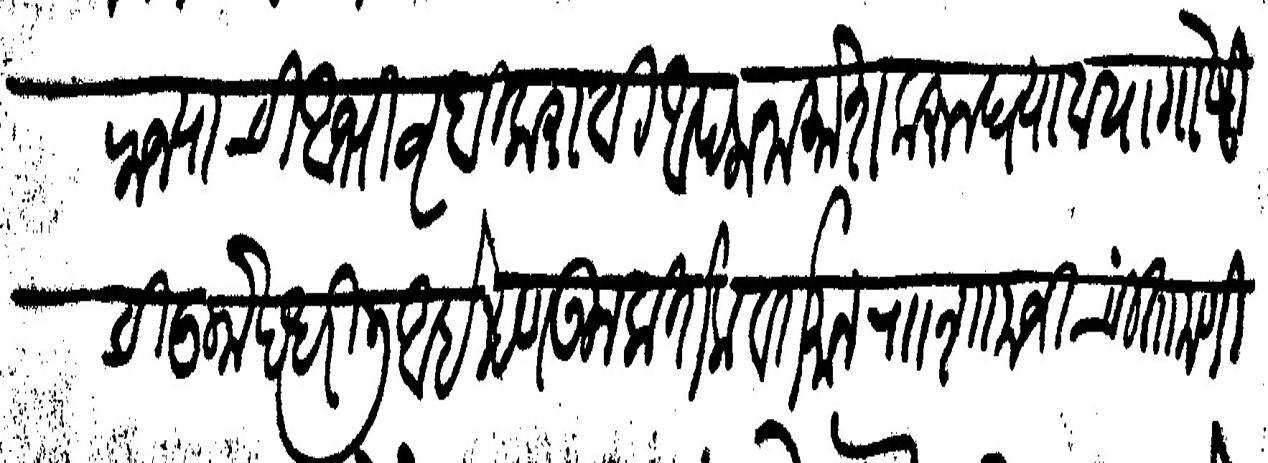
Transliteration (Devanagari): राज्याची आभिवृधी करावी आपला नामोश करून घ्याव या गोष्टीची उमेद धरिली आहे म्हणऊन कितेक वर्तमान रा शामजी चिंतामणी